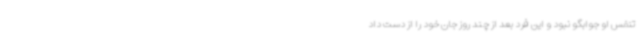
تنفس او جوابگو نبود و این فرد بعد از چند روز جان خود را از دست داد